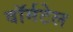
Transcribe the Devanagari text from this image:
वॉर्मटेल